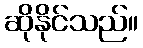
ဆိုနိုင်သည်။